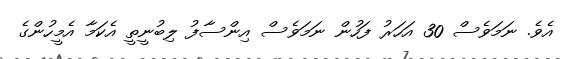
އެވެ. ނަމަވެސް 30 އަހަރު ފަހުން ނަމަވެސް އިންސާފު ލިބުނީތީ އެކަމާ އެމީހުންގެ